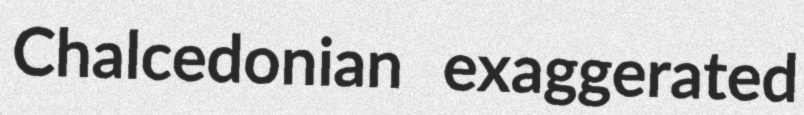
Chalcedonian exaggerated